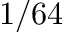
1 / 6 4